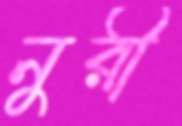
নুরী